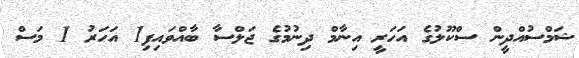
ޝަމްސުއްދީން ސްކޫލުގެ އަހަރީ އިނާމް ދިނުމުގެ ޖަލްސާ ބާއްވައިފި1 އަހަރު 1 މަސް